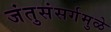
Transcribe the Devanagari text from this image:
जंतुसंसर्गमुळे